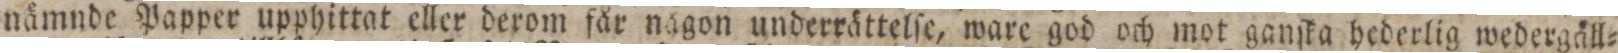
nämnde Papper upphittat eller derom får nägon underrättelſe, ware god och mot ganſka hederlig wedergåll=